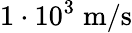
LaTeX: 1\cdot 10^{3}\; \mathrm{m/s}